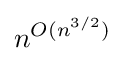
n^{O(n^{3/2})}